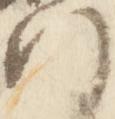
門